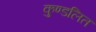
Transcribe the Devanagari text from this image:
कुण्डलित